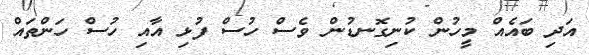
އަދި ބައެއް މީހުން ކުނިގޮނޑުން ވެސް ހުސް ފުޅި އާއި ހުސް ހަންތައް